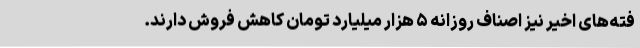
فته‌های اخیر نیز اصناف روزانه ۵ هزار میلیارد تومان کاهش فروش دارند.